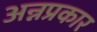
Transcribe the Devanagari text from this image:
अन्नप्रकार